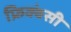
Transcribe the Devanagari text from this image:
फ्रिक्वंसी